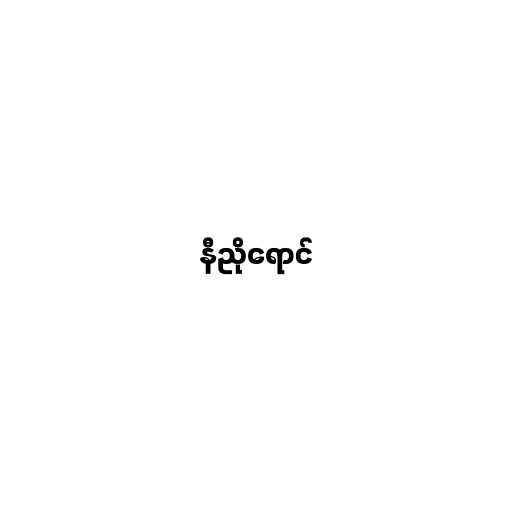
နီညိုရောင်